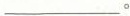
___。